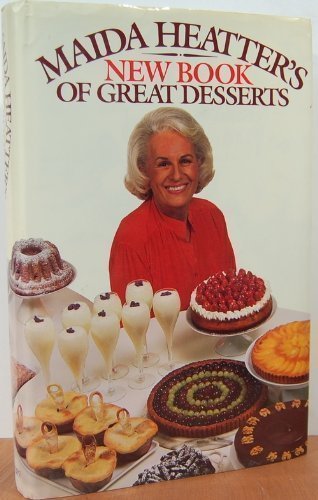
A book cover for Maida Heatter's New Book of Great Desserts; Maida Heatter; Cookbooks, Food & Wine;